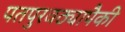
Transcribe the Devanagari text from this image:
पतपुरवठ्यापैकी